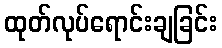
ထုတ်လုပ်ရောင်းချခြင်း